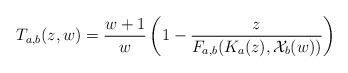
LaTeX: \begin{align*}T_{a,b}(z,w) = \frac {w+1}{w} \left( 1 - \frac {z}{F_{a,b}(K_a(z),{\mathcal X}_b(w))}\right)\end{align*}